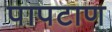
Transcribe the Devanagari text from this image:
पापटाण